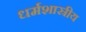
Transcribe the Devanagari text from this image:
धर्मशास्रीय